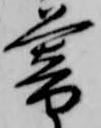
暮